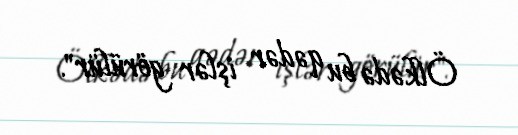
Ölkədə bu qədər işlər görülür".